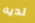
لديه